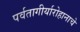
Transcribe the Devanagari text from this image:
पर्वतागीर्यारोहानाचे